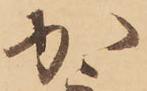
か